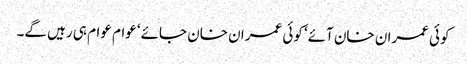
کوئی عمران خان آئے‘ کوئی عمران خان جائے‘ عوام عوام ہی رہیں گے۔